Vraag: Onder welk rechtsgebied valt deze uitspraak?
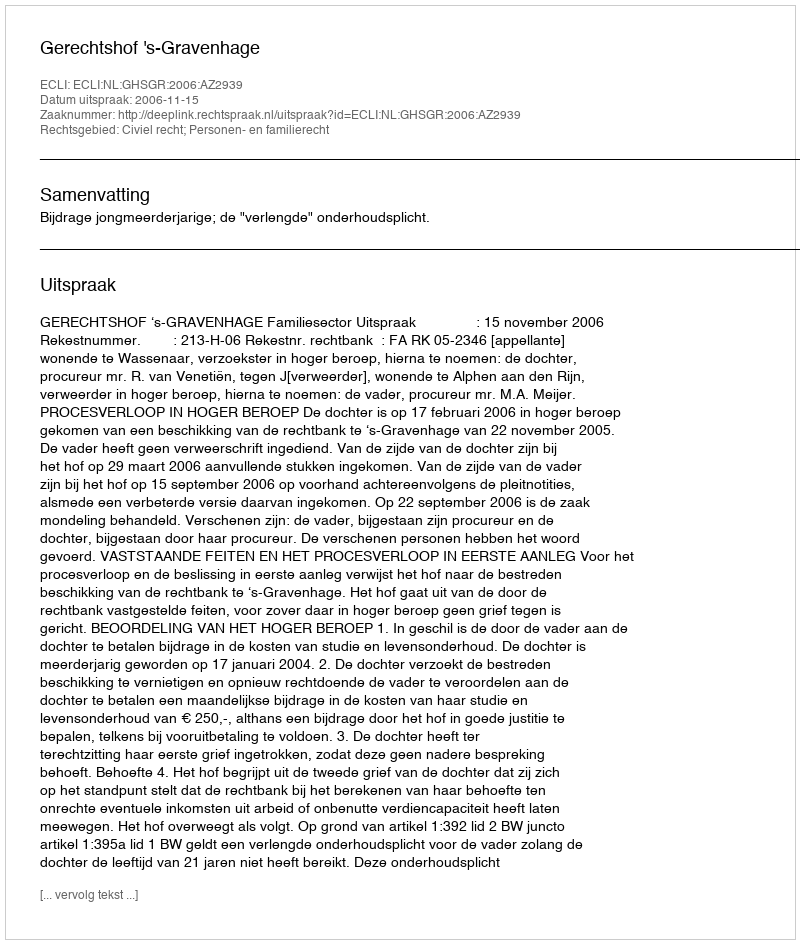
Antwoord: Civiel recht; Personen- en familierecht